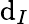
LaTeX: \mathrm{d}_{I}